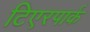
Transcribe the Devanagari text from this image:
टिएरपार्क